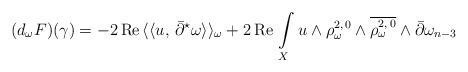
\begin{align*}(d_{\omega}F)(\gamma) = -2\,\mbox{Re}\,\langle\langle u,\,\bar\partial^{\star}\omega\rangle\rangle_\omega + 2\,\mbox{Re}\,\int\limits_X u\wedge\rho_\omega^{2,\,0}\wedge\overline{\rho_\omega^{2,\,0}}\wedge\bar\partial\omega_{n-3}\end{align*}